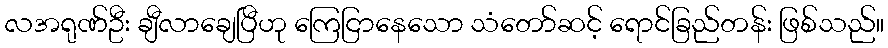
လအရုဏ်ဦး ချီလာချေပြီဟု ကြေငြာနေသော သံတော်ဆင့် ရောင်ခြည်တန်း ဖြစ်သည်။